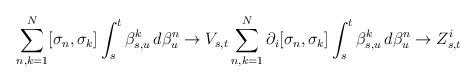
LaTeX: \begin{align*}\sum_{n,k = 1}^{N} [\sigma_n, \sigma_k] \int_s^t \beta_{s,u}^k\, d\beta_u^n \to V_{s,t} \sum_{n,k = 1}^{N} \partial_i[\sigma_n, \sigma_k] \int_s^t \beta_{s,u}^k\, d\beta_u^n \to Z_{s,t}^i\end{align*}